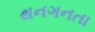
થનગનતા